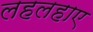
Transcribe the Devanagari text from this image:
लहलहाए